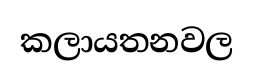
කලායතනවල